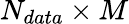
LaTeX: N_{data}\times M